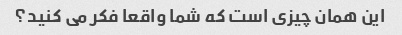
این همان چیزی است که شما واقعا فکر می کنید؟